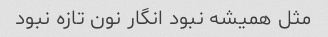
مثل همیشه نبود انگار نون تازه نبود